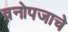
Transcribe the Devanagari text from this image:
वनोपजाचे